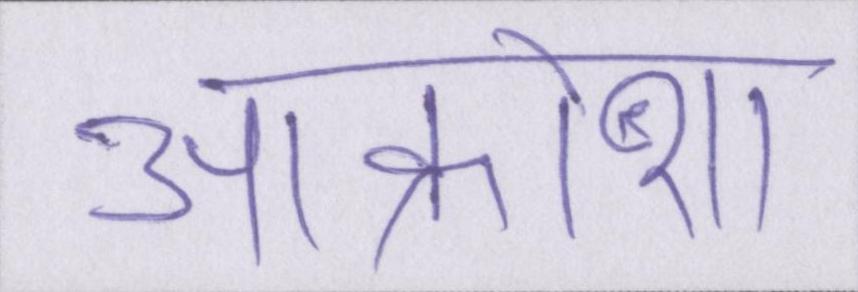
आक्रोश